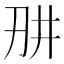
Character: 𭃎